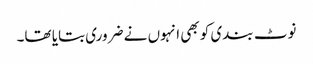
نوٹ بندی کو بھی انہوں نے ضروری بتایا تھا۔